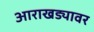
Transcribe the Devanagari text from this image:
आराखड्यावर